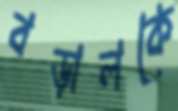
বড়ালকে